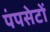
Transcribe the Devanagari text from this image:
पंपसेटों